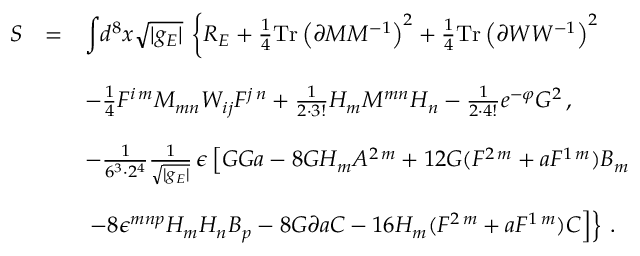
\begin{array} { r c l } { { S } } & { { = } } & { { { \displaystyle \int } d ^ { 8 } x \sqrt { | g _ { E } | } \, \left\{ R _ { E } + \frac { 1 } { 4 } \mathrm { T r } \left( \partial { \cal M } { \cal M } ^ { - 1 } \right) ^ { 2 } + \frac { 1 } { 4 } \mathrm { T r } \left( \partial { \cal W } { \cal W } ^ { - 1 } \right) ^ { 2 } \right. } } \\ { { } } & { { } } & { { } } \\ { { } } & { { } } & { { - \frac { 1 } { 4 } F ^ { i \, m } { \cal M } _ { m n } { \cal W } _ { i j } F ^ { j \, n } + \frac { 1 } { 2 \cdot 3 ! } H _ { m } { \cal M } ^ { m n } H _ { n } - \frac { 1 } { 2 \cdot 4 ! } e ^ { - \varphi } G ^ { 2 } \, , } } \\ { { } } & { { } } & { { } } \\ { { } } & { { } } & { { - \frac { 1 } { 6 ^ { 3 } \cdot 2 ^ { 4 } } { \textstyle \frac { 1 } { \sqrt { | g _ { E } | } } } \, \epsilon \left[ G G a - 8 G H _ { m } A ^ { 2 \, m } + 1 2 G ( F ^ { 2 \, m } + a F ^ { 1 \, m } ) B _ { m } \right. } } \\ { { } } & { { } } & { { } } \\ { { } } & { { } } & { { \left. \left. - 8 \epsilon ^ { m n p } H _ { m } H _ { n } B _ { p } - 8 G \partial a C - 1 6 H _ { m } ( F ^ { 2 \, m } + a F ^ { 1 \, m } ) C \right] \right\} \, . } } \end{array}